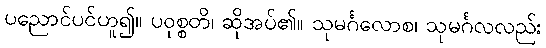
ပညောင်ပင်ဟူ၍။ ပဝုစ္စတိ၊ ဆိုအပ်၏။ သုမင်္ဂလောစ၊ သုမင်္ဂလလည်း